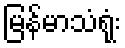
မြန်မာသံရုံး